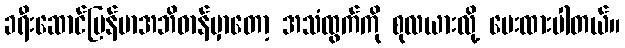
ခရီးဆောင်မြန်မာအဘိဓာန်မှာတော့ အသံထွက်ကို စုလယားလို့ ပေးထားပါတယ်။